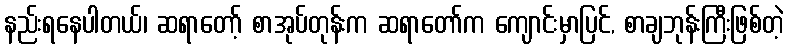
နည်းရနေပါတယ်၊ ဆရာတော့် စာအုပ်တုန်းက ဆရာတော်က ကျောင်းမှာပြင်, စာချဘုန်းကြီးဖြစ်တဲ့